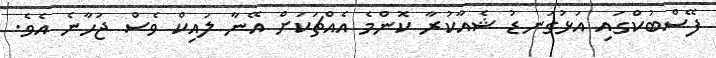
ފޭސްބުކްގައި އަޅުގަނޑު ޝެއާކުރާ ކޮންމެ އެއްޗަކަށް އޭނާ ލައިކް ވެސް ޖަހާނެ އެވެ.